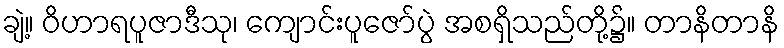
ချဲ့။ ဝိဟာရပူဇာဒီသု၊ ကျောင်းပူဇော်ပွဲ အစရှိသည်တို့၌။ တာနိတာနိ